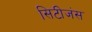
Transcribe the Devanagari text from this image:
सिटीजंस